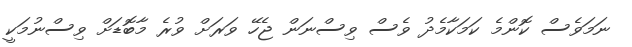
ނަމަވެސް ކޮންމެ ކަމަކާމެދު ވެސް ވިސްނަން ޖެހޭ ވަރަށް ވުރެ މާބޮޑަށް ވިސްނުމަކީ